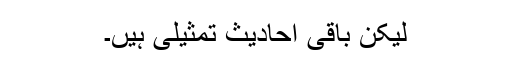
لیکن باقی احادیث تمثیلی ہیں۔